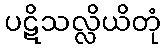
ပဋိသလ္လိယိတုံ